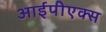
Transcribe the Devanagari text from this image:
आईपीएक्स